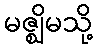
မဇ္ဈိမသို့